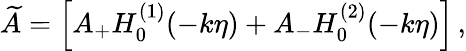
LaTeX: \widetilde{A}=\left[A_{+}H_{0}^{(1)}(-k\eta)+A_{-}H_{0}^{(2)}(-k\eta)\right]\, ,